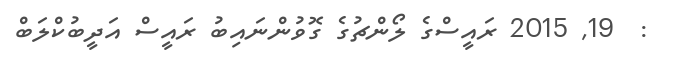
:  19